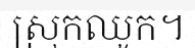
ស្រុកឈូក។